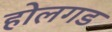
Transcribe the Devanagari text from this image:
होलगड